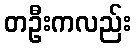
တဦးကလည်း